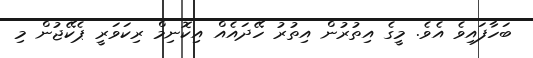
ބަހާފައިވެ އެވެ. މީގެ އިތުރުން އިތުރު ހޭދައެއް އިކޮނިމް ރިކަވަރީ ޕެކޭޖުން މި